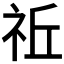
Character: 𥙂